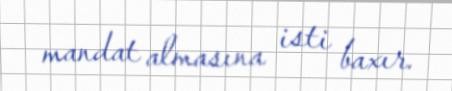
mandat almasına isti baxır.